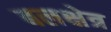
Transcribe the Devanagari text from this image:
बलक्षेत्र